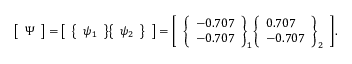
{ \left[ \begin{array} { l } { \Psi } \end{array} \right] } = { \left[ \begin{array} { l } { { \left\{ \begin{array} { l } { \psi _ { 1 } } \end{array} \right\} } { \left\{ \begin{array} { l } { \psi _ { 2 } } \end{array} \right\} } } \end{array} \right] } = { \left[ \begin{array} { l } { { \left\{ \begin{array} { l } { - 0 . 7 0 7 } \\ { - 0 . 7 0 7 } \end{array} \right\} } _ { 1 } { \left\{ \begin{array} { l } { 0 . 7 0 7 } \\ { - 0 . 7 0 7 } \end{array} \right\} } _ { 2 } } \end{array} \right] } .